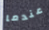
عندما